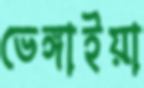
ভেঙ্গাইয়া